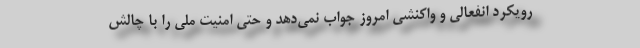
رویکرد انفعالی و واکنشی امروز جواب نمی‌دهد و حتی امنیت ملی را با چالش